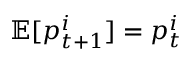
\mathbb E [ p _ { t + 1 } ^ { i } ] = p _ { t } ^ { i }